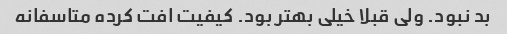
بد نبود. ولی قبلا خیلی بهتر بود. کیفیت افت کرده متاسفانه